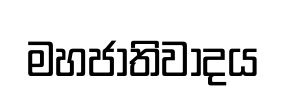
මහජාතිවාදය